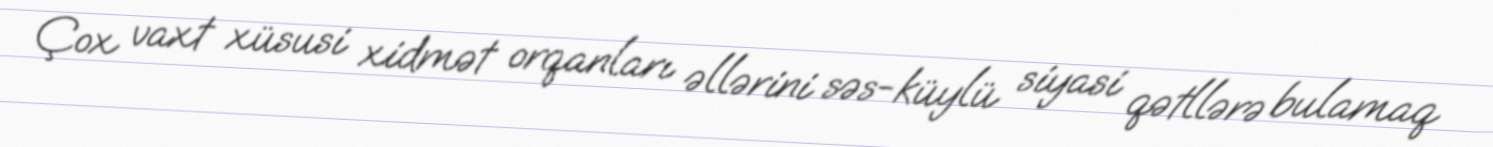
Çox vaxt xüsusi xidmət orqanları əllərini səs-küylü siyasi qətllərə bulamaq